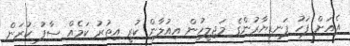
އެއަށް ފަހު ފަނޑިޔާރުންގެ މަޖިލީހުން އިއުލާން ކުރީ އިތުރު ކަމެއް ސާފު ކުރަން